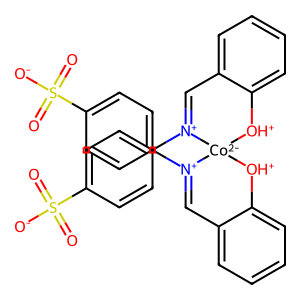
SMILES: O=S(=O)([O-])c1ccc([N+]2=Cc3ccccc3[OH+][Co-2]23[OH+]c2ccccc2C=[N+]3c2ccc(S(=O)(=O)[O-])cc2)cc1
Inhibits HIV replication: No